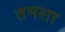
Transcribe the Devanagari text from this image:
तमशा